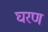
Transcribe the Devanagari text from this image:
घरण